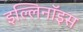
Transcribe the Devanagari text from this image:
इल्लिनॉइस